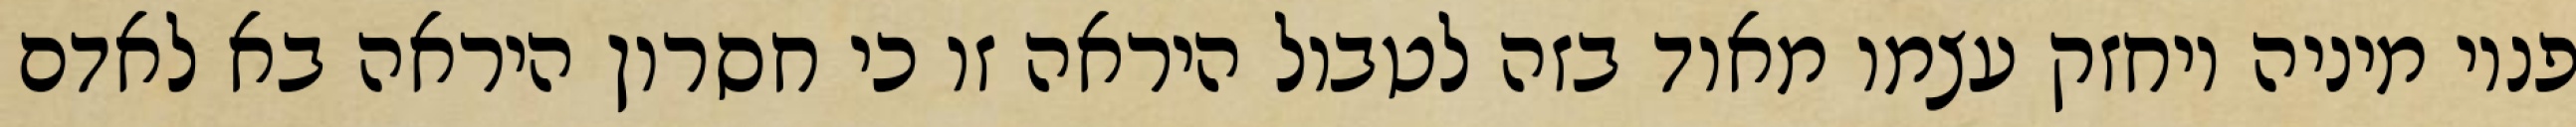
פנוי מיניה ויחזק עצמו מאוד בזה לטבול היראה זו כי חסרון היראה בא לאדם